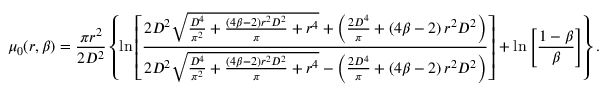
\mu _ { 0 } ( r , \beta ) = \frac { \pi r ^ { 2 } } { 2 D ^ { 2 } } \left\{ \ln \left[ \frac { 2 D ^ { 2 } \sqrt { \frac { D ^ { 4 } } { \pi ^ { 2 } } + \frac { \left( 4 \beta - 2 \right) r ^ { 2 } D ^ { 2 } } { \pi } + r ^ { 4 } } + \left( \frac { 2 D ^ { 4 } } { \pi } + \left( 4 \beta - 2 \right) r ^ { 2 } D ^ { 2 } \right) } { 2 D ^ { 2 } \sqrt { \frac { D ^ { 4 } } { \pi ^ { 2 } } + \frac { \left( 4 \beta - 2 \right) r ^ { 2 } D ^ { 2 } } { \pi } + r ^ { 4 } } - \left( \frac { 2 D ^ { 4 } } { \pi } + \left( 4 \beta - 2 \right) r ^ { 2 } D ^ { 2 } \right) } \right] + \ln \left[ \frac { 1 - \beta } { \beta } \right] \right\} .